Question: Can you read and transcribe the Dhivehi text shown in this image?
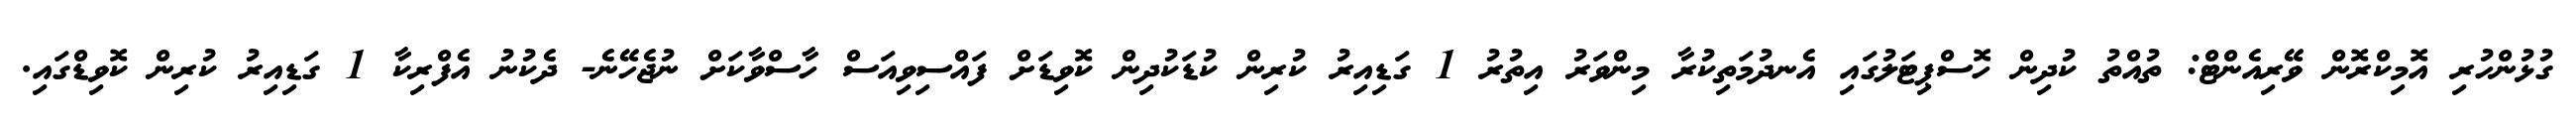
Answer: ގުޅުންހުރި އޮމިކްރޮން ވޭރިއެންޓް: ތުއްތު ކުދިން ހޮސްޕިޓަލުގައި އެނދުމަތިކުރާ މިންވަރު އިތުރު 1 ގަޑިއިރު ކުރިން ކުޑަކުދިން ކޮވިޑަށް ފައްސިވިއަސް ހާސްވާކަށް ނުޖެހޭނެ- ދެކުނު އެފްރިކާ 1 ގަޑިއިރު ކުރިން ކޮވިޑްގައި.